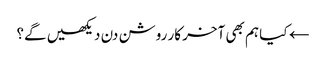
← کیا ہم بھی آخر کار روشن دن دیکھیں گے؟